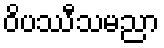
ဝိပဿီသမညာ